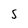
Character: S